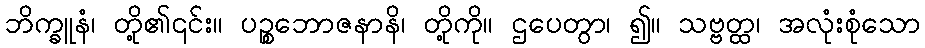
ဘိက္ခူနံ၊ တို့၏၎င်း။ ပဉ္စဘောဇနာနိ၊ တို့ကို။ ဌပေတွာ၊ ၍။ သဗ္ဗတ္ထ၊ အလုံးစုံသော